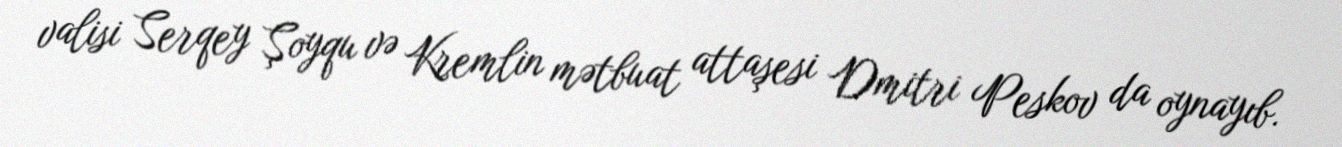
valisi Serqey Şoyqu və Kremlin mətbuat attaşesi Dmitri Peskov da oynayıb.